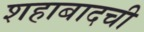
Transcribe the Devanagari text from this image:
शहाबादची